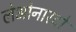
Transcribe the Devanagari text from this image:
लेओनारदो